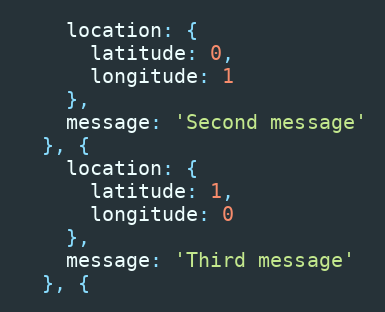
Language: JavaScript
    location: {
      latitude: 0,
      longitude: 1
    },
    message: 'Second message'
  }, {
    location: {
      latitude: 1,
      longitude: 0
    },
    message: 'Third message'
  }, {